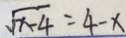
\sqrt { x - 4 } = 4 - x